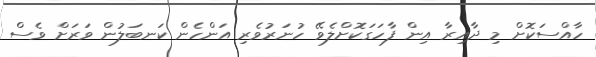
ހާއްސަކޮށް މި ދާއިރާ އިން ފާހަގަކޮށްލެވޭ ހުނަރުވެރި އަންހެން ކަނބަލުން ވަރަށް ވެސް